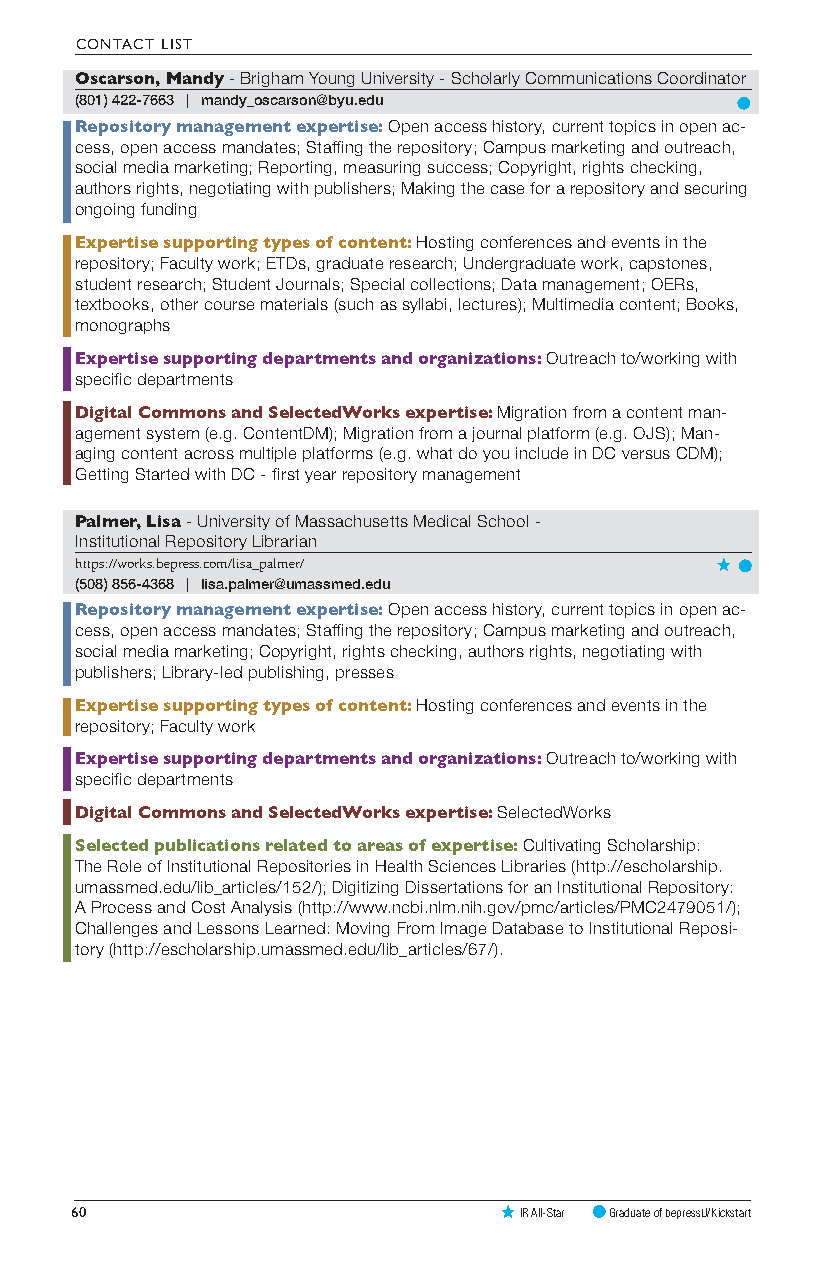
CONTACT LIST
 Oscarson, Mandy - Brigham Young University - Scholarly Communications Coordinator
 (801) 422-7663 | mandy_oscarson@byu.edu
 Repository management expertise: Open access history, current topics in open ac-
 cess, open access mandates; Staffing the repository; Campus marketing and outreach,
 social media marketing; Reporting, measuring success; Copyright, rights checking,
 authors rights, negotiating with publishers; Making the case for a repository and securing
 ongoing funding
 Expertise supporting types of content: Hosting conferences and events in the
 repository; Faculty work; ETDs, graduate research; Undergraduate work, capstones,
 student research; Student Journals; Special collections; Data management; OERs,
 textbooks, other course materials (such as syllabi, lectures); Multimedia content; Books,
 monographs
 Expertise supporting departments and organizations: Outreach to/working with
 specific departments
 Digital Commons and SelectedWorks expertise: Migration from a content man-
 agement system (e.g. ContentDM); Migration from a journal platform (e.g. OJS); Man-
 aging content across multiple platforms (e.g. what do you include in DC versus CDM);
 Getting Started with DC - first year repository management
 Palmer, Lisa - University of Massachusetts Medical School -
 Institutional Repository Librarian
 https://works.bepress.com/lisa_palmer/
 (508) 856-4368 | lisa.palmer@umassmed.edu
 Repository management expertise: Open access history, current topics in open ac-
 cess, open access mandates; Staffing the repository; Campus marketing and outreach,
 social media marketing; Copyright, rights checking, authors rights, negotiating with
 publishers; Library-led publishing, presses
 Expertise supporting types of content: Hosting conferences and events in the
 repository; Faculty work
 Expertise supporting departments and organizations: Outreach to/working with
 specific departments
 Digital Commons and SelectedWorks expertise: SelectedWorks
 Selected publications related to areas of expertise: Cultivating Scholarship:
 The Role of Institutional Repositories in Health Sciences Libraries (http://escholarship.
 umassmed.edu/lib_articles/152/); Digitizing Dissertations for an Institutional Repository:
 A Process and Cost Analysis (http://www.ncbi.nlm.nih.gov/pmc/articles/PMC2479051/);
 Challenges and Lessons Learned: Moving From Image Database to Institutional Reposi-
 tory (http://escholarship.umassmed.edu/lib_articles/67/).
 60                           IR All-Star Graduate of bepressU/Kickstart